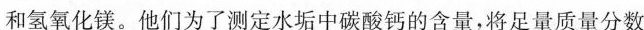
和氢氧化镁。他们为了测定水垢中碳酸钙的含量，将足量质量分数